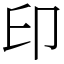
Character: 印